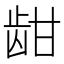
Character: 𬹾